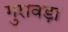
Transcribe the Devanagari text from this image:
गुरावड़ा